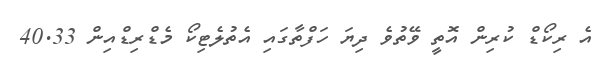
އެ ރިކޯޑް ކުރިން އޮތީ ވޭތުވެ ދިޔަ ހަފްތާގައި އެތުލެޓިކޯ މެޑްރިޑްއިން 40.33